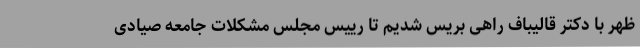
ظهر با دکتر قالیباف راهی بریس شدیم تا رییس مجلس مشکلات جامعه صیادی